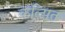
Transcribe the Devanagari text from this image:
कल्‍पित